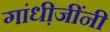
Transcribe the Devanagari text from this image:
गांधी़जींनी